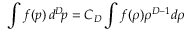
\int f ( p ) \, d ^ { D } \! p = C _ { D } \int f ( \rho ) \rho ^ { D - 1 } d \rho